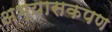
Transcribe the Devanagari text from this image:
अभ्यासकपण